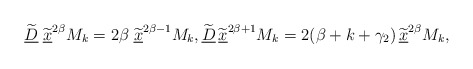
\begin{align*} \widetilde{\underline{D}}\;\widetilde{\underline{x}}^{2\beta} M_{k}=2\beta\;\widetilde{\underline{x}}^{2\beta-1} M_{k},\widetilde{\underline{D}}\,\widetilde{\underline{x}}^{2\beta+1}M_{k}=2(\beta+k+\gamma_2)\,\widetilde{\underline{x}}^{2\beta} M_{k},\end{align*}